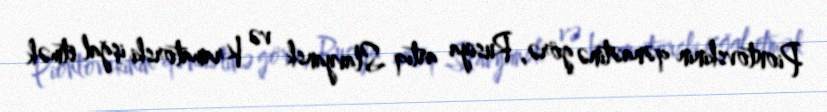
Piontovskinin qənaətinə görə, Rusiya artıq Slavyansk və Kramatorski işğal etmək